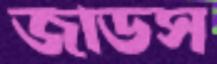
জাডস